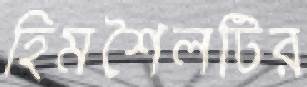
হিমশৈলটির